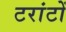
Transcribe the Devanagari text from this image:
टरांटों